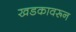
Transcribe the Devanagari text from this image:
खडकावरून